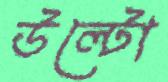
উল্টো